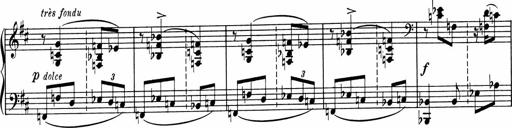
Title: Sonatine pour piano
Composer: Albert Roussel